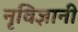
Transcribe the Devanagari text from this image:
नृविज्ञानी